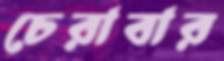
চেরাবার